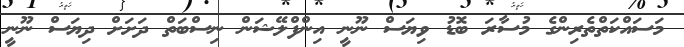
މަސައްކަތްތެރިންގެ މުސާރަ ބޮޑު ވިޔަސް ނޫނީ އިންފްލޭޝަން ނިސްބަތް ދަށަށް ދިޔަސް ނޫނީ